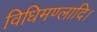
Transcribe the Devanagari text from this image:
विधिमण्लादि।